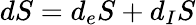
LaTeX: dS=d_{e}S+d_{I}S